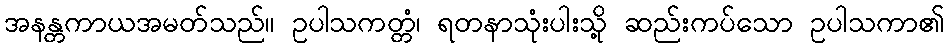
အနန္တကာယအမတ်သည်။ ဥပါသကတ္တံ၊ ရတနာသုံးပါးသို့ ဆည်းကပ်သော ဥပါသကာ၏